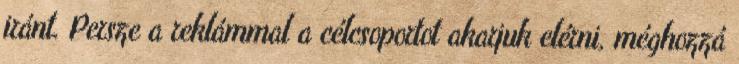
iránt. Persze a reklámmal a célcsoportot akarjuk elérni, méghozzá